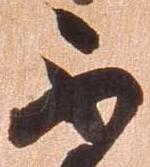
不